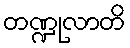
တဏ္ဍုလာတိ